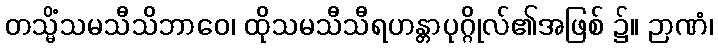
တသ္မိံသမသီသိဘာဝေ၊ ထိုသမသီသီရဟန္တာပုဂ္ဂိုလ်၏အဖြစ် ၌။ ဉာဏံ၊